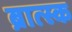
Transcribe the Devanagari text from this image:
ब्रात्स्क